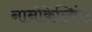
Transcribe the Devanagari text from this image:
नानोकेल्विंस